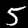
Digit: 5